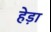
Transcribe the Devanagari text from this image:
हेड़ा